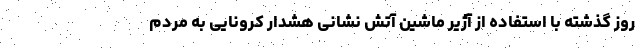
روز گذشته با استفاده از آژیر ماشین آتش نشانی هشدار کرونایی به مردم